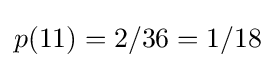
p(11)=2/36=1/18